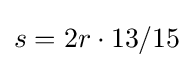
s=2r\cdot 13/15